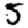
Digit: 5